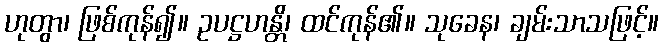
ဟုတွာ၊ ဖြစ်ကုန်၍။ ဥပဋ္ဌဟန္တိ၊ ထင်ကုန်၏။ သုခေန၊ ချမ်းသာသဖြင့်။